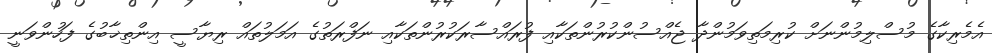
އެމެރިކާގެ މުސްލިމުންނަށް ކުރިމަތިވަމުންދާ ޖެއްސުންކުރުންތަކާއި ފުރައްސާރަކުރުންތަކާއި ނަފްރަތުގެ އަމަލުތައް ރިޔާސީ އިންތިޚާބުގެ ފަހުންވަނީ